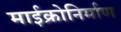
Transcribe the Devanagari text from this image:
माईक्रोनिर्माण